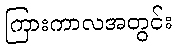
ကြားကာလအတွင်း